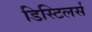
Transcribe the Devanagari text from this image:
डिस्टिलर्स